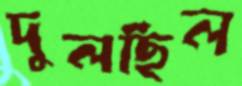
দুলছিল